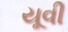
યૂવી